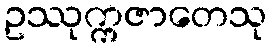
ဥဿုက္ကဇာတေသု